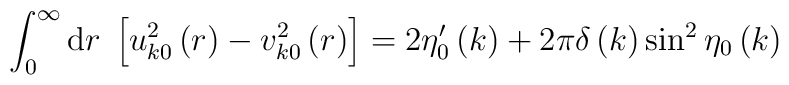
\int_0^\infty{\rm d}r\;\left[u_{k0}^2\left(r\right)-v_{k0}^2\left(r\right)\right]=2\eta'_0\left(k\right)+2\pi\delta\left(k\right)\sin^2\eta_0\left(k\right)